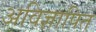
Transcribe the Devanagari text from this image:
अविज्ञापित